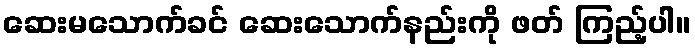
ဆေးမသောက်ခင် ဆေးသောက်နည်းကို ဖတ် ကြည့်ပါ။